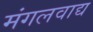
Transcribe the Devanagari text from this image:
मंगलवाद्य